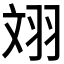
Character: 𦐑